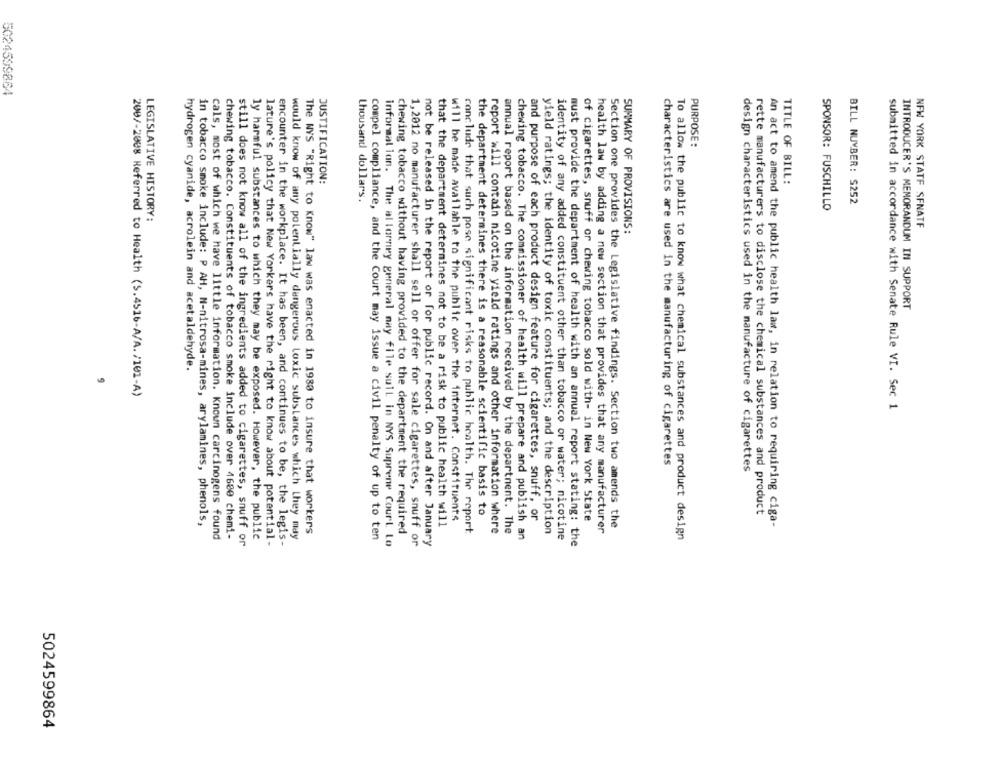
5024599864
PURPOSE:
JUSTIFICATION:
TITLE OF BILL:
thousand dollars.
BILL NUMBER: $252
SPONSOR: FUSCHILLO
LEGISLATIVE HISTORY:
NEW YORK STATE SFNATF
SUMMARY OF PROVISIONS:
INTRODUCER'S MEMORANDUM IN SUPPORT
hydrogen cyanide, acrolein and acetaldehyde.
200/-2008 Referred to Health (S.4516-A/A. /101-A)
submitted in accordance with Senate Rule VI. Sec 1
characteristics are used in the manufacturing of cigarettes
design characteristics used in the manufacture of cigarettes
rette manufacturers to disclose the chemical substances and product
will be made available to the public over the internet. Constituents
the department determines there is a reasonable scientific basis to
and purpose of each product design feature for cigarettes, snuff, or
of cigarettes, snuff or chewing tobacco sold with- in New York State
in tobacco smoke include: P AH, N-nitrosa-mines, arylamines, phenols,
that the department determines not to be a risk to public health will
Section one provides the Legislative findings. Section two amends the
An act to amend the public health law, in relation to requiring ciga-
The WYS "Right to Know" law was enacted in 1980 to insure that workers
chewing tobacco without having provided to the department the required
conclude that such pose significant risks to public health. The report
report will contain nicotine yield ratings and other information where
annual report based on the information received by the department. The
yield ratings; the identity of toxic constituents; and the description
health law by adding a new section that provides that any manufacturer
cals, most of which we have little information. Known carcinogens found
chewing tobacco. Constituents of tobacco smoke include over 4600 chemi-
ly harmful substances to which they may be exposed. However, the public
encounter in the workplace. It has been, and continues to be, the legis-
would know of any potentially dangerous toxic substances which they may
compel compliance, and the Court may issue a civil penalty of up to ten
1,2012 no manufacturer shall sell or offer for sale cigarettes, snuff or
chewing tobacco. The commissioner of health will prepare and publish an
identity of any added constituent other than tobacco or water; nicotine
must provide the department of health with an annual report stating: the
To allow the public to know what chemical substances and product design
still does not know all of the ingredients added to cigarettes, snuff or
lature's policy that New Yorkers have the right to know about potential -
informal lon. The allorney general may file sull in NYS Supreme Court Lo
not be released in the report or for public record. On and after January
5024599864